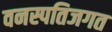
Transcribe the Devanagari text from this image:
वनस्पतिजगत